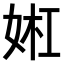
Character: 𫰬